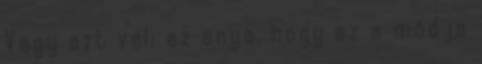
Vagy azt véli az anya, hogy ez a módja